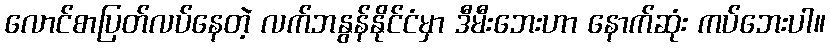
လောင်စာပြတ်လပ်နေတဲ့ လက်ဘနွန်နိုင်ငံမှာ ဒီမီးဘေးဟာ နောက်ဆုံး ကပ်ဘေးပါ။